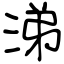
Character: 涕